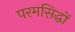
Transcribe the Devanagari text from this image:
परमसिद्धों